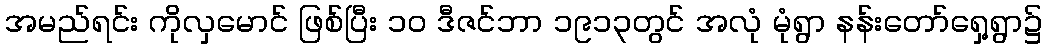
အမည်ရင်း ကိုလှမောင် ဖြစ်ပြီး ၁၀ ဒီဇင်ဘာ ၁၉၁၃တွင် အလုံ မုံရွာ နန်းတော်ရှေ့ရွာ၌